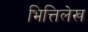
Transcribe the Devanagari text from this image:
भित्तिलेख